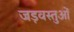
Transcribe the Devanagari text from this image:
जड़वस्तुओं